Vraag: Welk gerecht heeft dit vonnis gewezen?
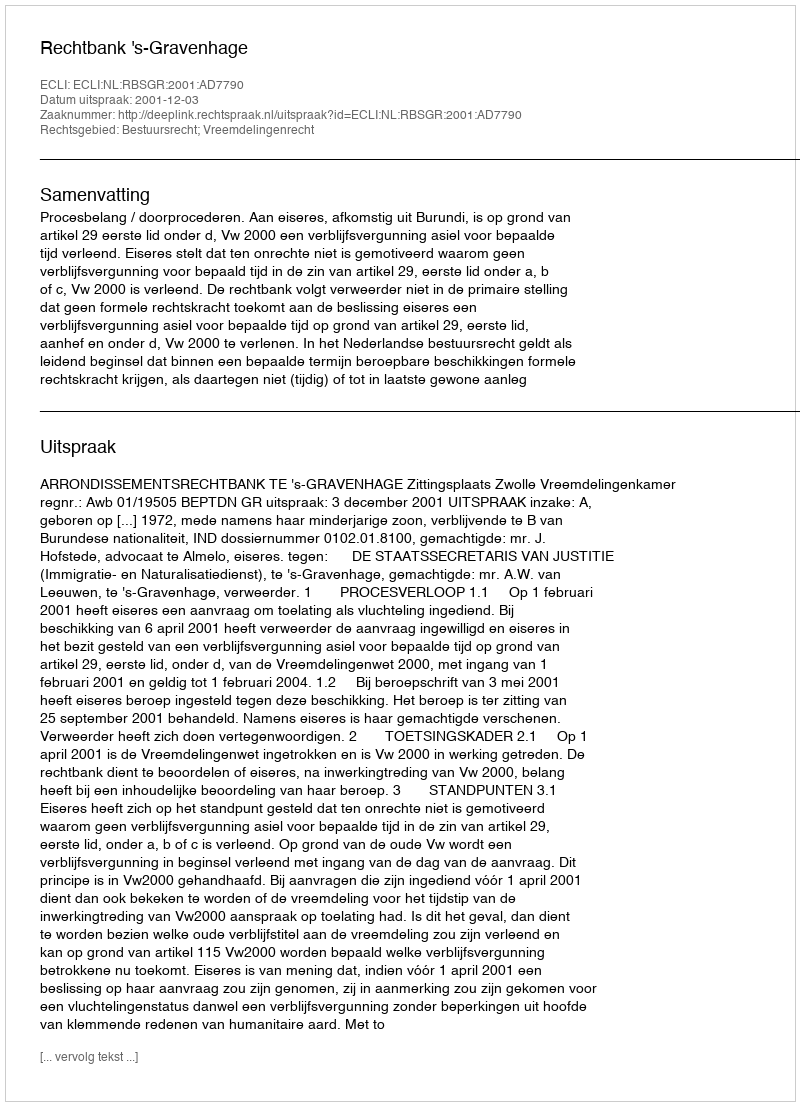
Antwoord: Rechtbank 's-Gravenhage